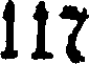
117